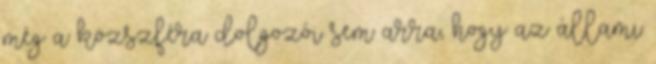
még a közszféra dolgozói sem arra, hogy az állami